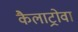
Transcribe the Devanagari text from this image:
कैलाट्रोवा